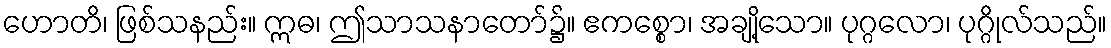
ဟောတိ၊ ဖြစ်သနည်း။ ဣဓ၊ ဤသာသနာတော်၌။ ဧကစ္စော၊ အချို့သော။ ပုဂ္ဂလော၊ ပုဂ္ဂိုလ်သည်။